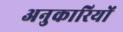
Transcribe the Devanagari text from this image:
अनुकारियों